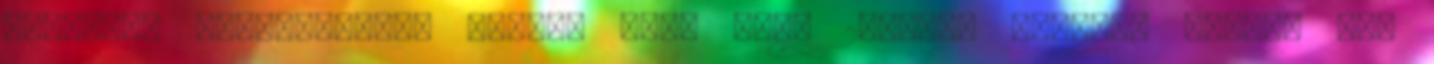
harmadik negyedévében jelent meg, mint 2006-os modell, melybe LS7